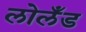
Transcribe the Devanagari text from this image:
लोलँड